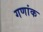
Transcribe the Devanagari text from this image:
गणांक